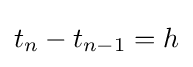
t_{n}-t_{n-1}=h